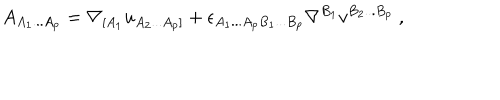
LaTeX: A _ { A _ { 1 } . . . A _ { p } } = \nabla _ { [ A _ { 1 } } u _ { A _ { 2 } . . . A _ { p } ] } + \epsilon _ { A _ { 1 } . . . A _ { p } B _ { 1 } . . . B _ { p } } \nabla ^ { B _ { 1 } } v ^ { B _ { 2 } . . . B _ { p } } \ ,